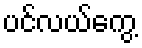
ပင်လယ်ကွေ့